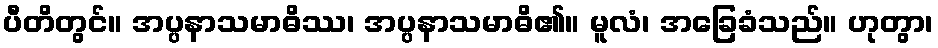
ပီတိတွင်။ အပ္ပနာသမာဓိဿ၊ အပ္ပနာသမာဓိ၏။ မူလံ၊ အခြေခံသည်။ ဟုတွာ၊